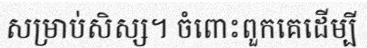
សម្រាប់សិស្ស។ ចំពោះពួកគេដើម្បី